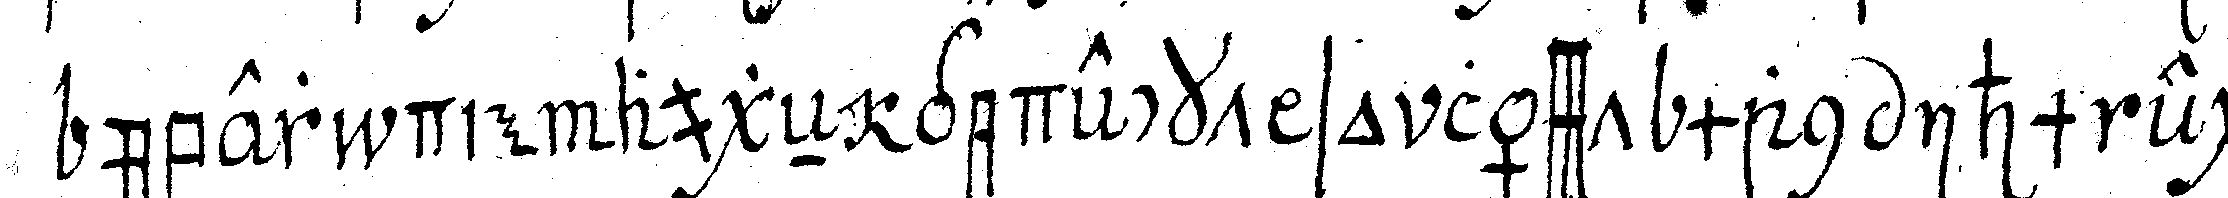
über die augeN gedeckt so lässt man ihm ei